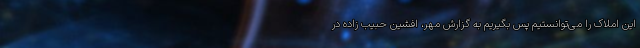
این املاک را می‌توانستیم پس بگیریم به گزارش مهر، افشین حبیب زاده در